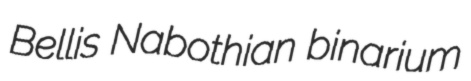
Bellis Nabothian binarium